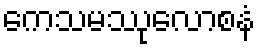
ကေသမဿုလောစနံ